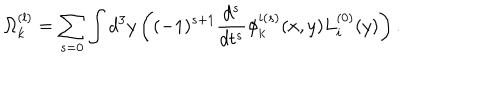
\Omega _ { k } ^ { ( l ) } = \sum _ { s = 0 } \int d ^ { 3 } y \left( ( - 1 ) ^ { s + 1 } \frac { d ^ { s } } { d t ^ { s } } \phi _ { k } ^ { i ( s ) } ( x , y ) L _ { i } ^ { ( 0 ) } ( y ) \right) .